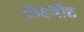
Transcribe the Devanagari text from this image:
आइजौड